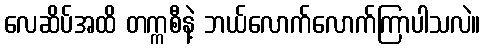
လေဆိပ်အထိ တက္ကစီနဲ့ ဘယ်လောက်လောက်ကြာပါသလဲ။